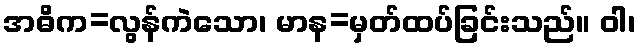
အဓိက=လွန်ကဲသော၊ မာန=မှတ်ထပ်ခြင်းသည်။ ဝါ၊